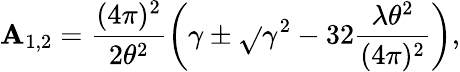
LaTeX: \mathbf{A}_{1,2}=\frac{{(4\pi)^{2}}}{{2\theta^{2}}}\left(\gamma\pm\sqrt{}{{\gamma^{2}-32\frac{{\lambda\theta^{2}}}{{(4\pi)^{2}}}}}\right),